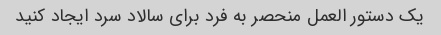
یک دستور العمل منحصر به فرد برای سالاد سرد ایجاد کنید